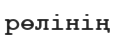
рөлінің